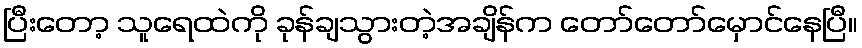
ပြီးတော့ သူရေထဲကို ခုန်ချသွားတဲ့အချိန်က တော်တော်မှောင်နေပြီ။